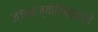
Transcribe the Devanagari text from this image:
ज्ञानज्योतिप्रकाशे